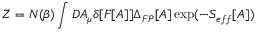
{ \cal Z } = { \cal N } ( \beta ) \int D A _ { \mu } \delta [ F [ A ] ] \Delta _ { F P } [ A ] \exp ( - S _ { e f f } [ A ] )